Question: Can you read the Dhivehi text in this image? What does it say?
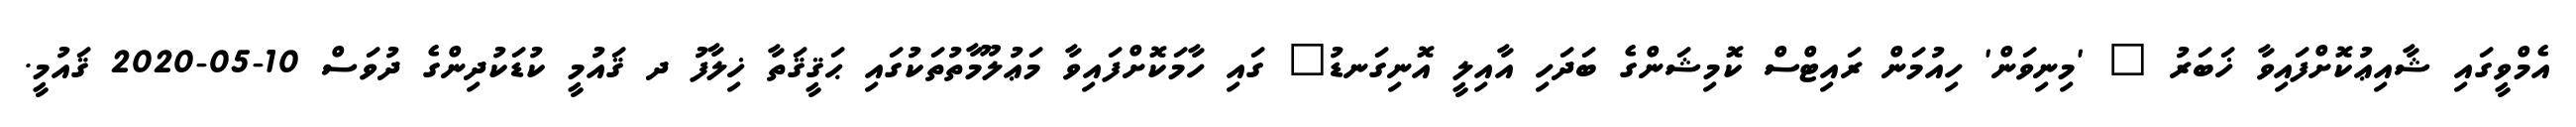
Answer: އެމްވީގައި ޝާއިޢުކޮށްފައިވާ ޚަބަރު " 'މިނިވަން' ހިއުމަން ރައިޓްސް ކޮމިޝަންގެ ބަދަހި އާއިލީ އޮނިގަނޑު" ގައި ހާމަކޮށްފައިވާ މަޢުލޫމާތުތަކުގައި ޙަޤީޤަތާ ޚިލާފު ދ ޤައުމީ ކުޑަކުދިންގެ ދުވަސް 10-05-2020 ޤައުމީ.